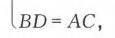
\(BD = AC\)